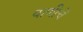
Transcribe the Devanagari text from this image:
वाणीचें